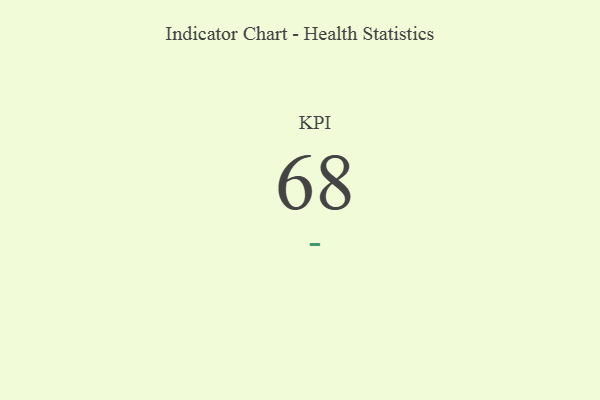
{"axis": {"x": "KPI", "y": "Value"}, "legend": [""], "data": [{"x": "KPI", "y": 68, "type": ""}]}